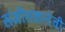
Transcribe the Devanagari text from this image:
संगीतकलेची